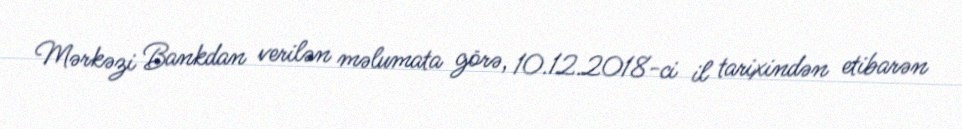
Mərkəzi Bankdan verilən məlumata görə, 10.12.2018-ci il tarixindən etibarən